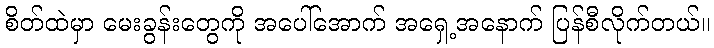
စိတ်ထဲမှာ မေးခွန်းတွေကို အပေါ်အောက် အရှေ့အနောက် ပြန်စီလိုက်တယ်။